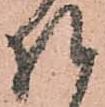
様